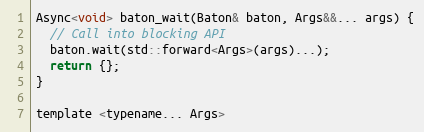
Language: C
Async<void> baton_wait(Baton& baton, Args&&... args) {
  // Call into blocking API
  baton.wait(std::forward<Args>(args)...);
  return {};
}

template <typename... Args>